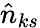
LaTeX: \hat{n}_{ks}